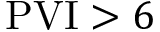
\mathrm { P V I } > 6